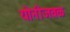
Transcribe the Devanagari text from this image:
योनीजवळ